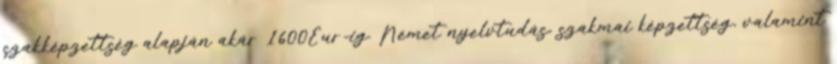
szakképzettség alapján akár 1600Eur-ig. Német nyelvtudás, szakmai képzettség, valamint